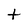
Character: t